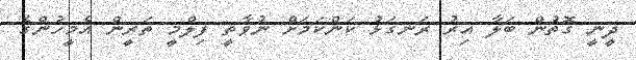
ދީނީ ގޮތުން ބަލާ އިރު ރަނގަޅު ކަންކަމަށް ނުވާތީ ފިލްމީ ތަރީން އެމީހުންގެ